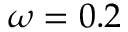
\omega = 0 . 2